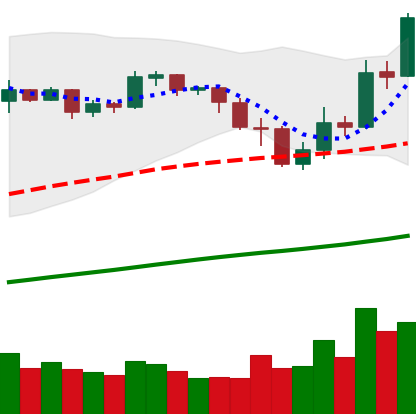
Ticker: BNB-USD
Chart end date: 2019-05-15
Forward return: 8.962%
Label: up_7plus